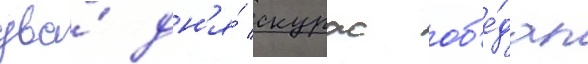
два́ дн'я́ скурас об'е́дал